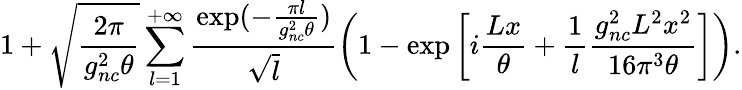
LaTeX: \displaystyle{1+\sqrt{\frac{2\pi}{g_{nc}^{2}\theta}}\sum_{l=1}^{+\infty}\frac{\exp(-\frac{\pi l}{g_{nc}^{2}\theta})}{\sqrt{l}}\left(1-\exp\left[i\frac{Lx}{\theta}+\frac{1}{l}\frac{g_{nc}^{2}L^{2}x^{2}}{16\pi^{3}\theta}\right]\right)}.